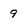
Character: 9